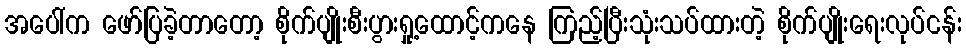
အပေါ်က ဖော်ပြခဲ့တာတော့ စိုက်ပျိုးစီးပွားရှု့ထောင့်ကနေ ကြည့်ပြီးသုံးသပ်ထားတဲ့ စိုက်ပျိုးရေးလုပ်ငန်း